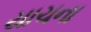
યાચના